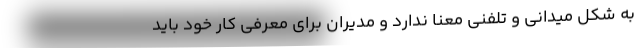
به شکل میدانی و تلفنی معنا ندارد و مدیران برای معرفی کار خود باید